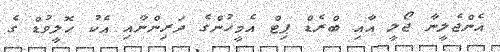
އެންޖެލީނާ ޖޯލީ އާއި ބްރެޑް ޕިޓް އެމީހުންގެ ދަރިންނާއި އެކު ހޮލީވުޑް ގެ